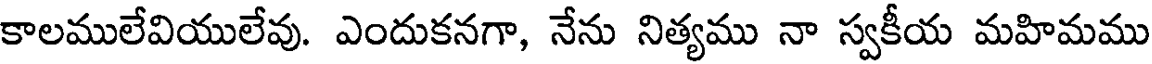
కాలములేవియులేవు. ఎందుకనగా, నేను నిత్యము నా స్వకీయ మహిమము